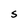
Character: S